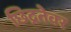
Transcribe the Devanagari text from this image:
छिद्रतेवर